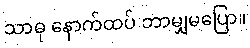
သာဓု နောက်ထပ် ဘာမျှမပြော။